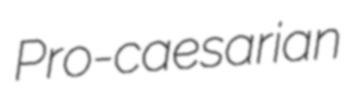
Pro-caesarian